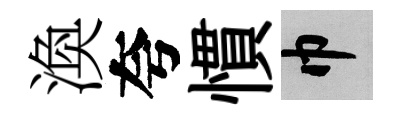
渙夸慣巾